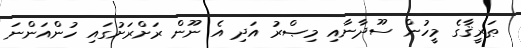
ޠަރީޤާގެ މީހުން ސޫދާނާއި މިޞްރު އަދި އެ ނޫން ރަށްރަށުގައި ހުންއަންނަ